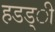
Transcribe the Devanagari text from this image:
हडड्ी